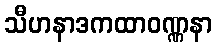
သီဟနာဒကထာဝဏ္ဏနာ